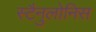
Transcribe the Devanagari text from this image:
स्टैनुलोनिस